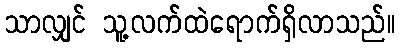
သာလျှင် သူ့လက်ထဲရောက်ရှိလာသည်။